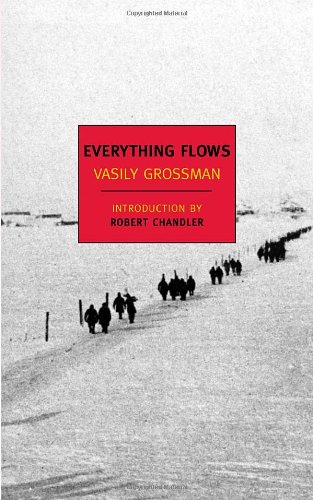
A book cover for Everything Flows (New York Review Books Classics); Vasily Grossman; Literature & Fiction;